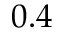
0 . 4